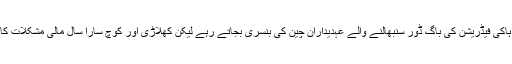
سیاسی بینادوں پر ہاکی فیڈریشن کی باگ ڈور سنبھالنے والے عہدیداران چین کی بنسری بجاتے رہے لیکن کھلاڑی اور کوچ سارا سال مالی مشکلات کا رونا روتے رہے۔